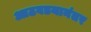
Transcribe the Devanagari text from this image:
आठवडयानंतर